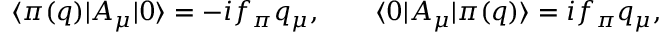
\langle \pi ( q ) | A _ { \mu } ^ { } | 0 \rangle = - i f _ { \pi } q _ { \mu } , \qquad \langle 0 | A _ { \mu } ^ { } | \pi ( q ) \rangle = i f _ { \pi } q _ { \mu } ,